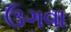
ઉગવા